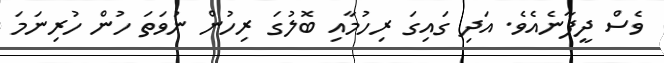
ވެސް ދީފާނެއެވެ. އަދި ގައިގަ ރިހުމާއި ބޮލުގަ ރިހުން ނުވަތަ ހުން ހުރިނަމަ